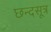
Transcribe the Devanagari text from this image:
छन्दसूत्र